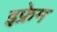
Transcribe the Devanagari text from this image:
इफ्रेम